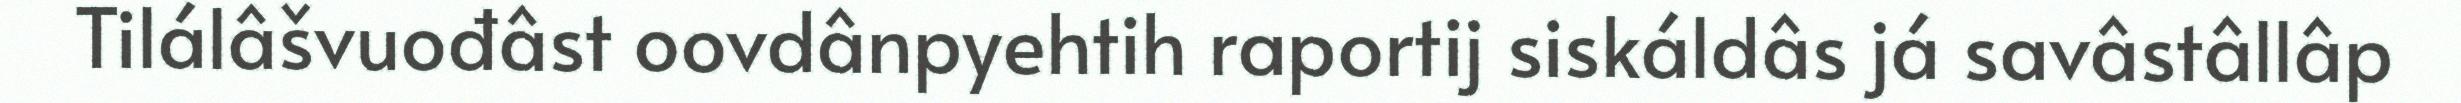
Tilálâšvuođâst oovdânpyehtih raportij siskáldâs já savâstâllâp